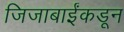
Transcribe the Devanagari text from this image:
जिजाबाईंकडून